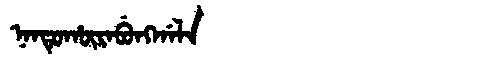
Manchu: ᠨᠠᠨᡨᡠᡥᡡᡵᠠᠪᡠᠩᡤᠠᠯᠠ
Romanization: NANTUHŪRABUNGGALA